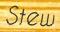
Stew